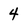
Character: 4